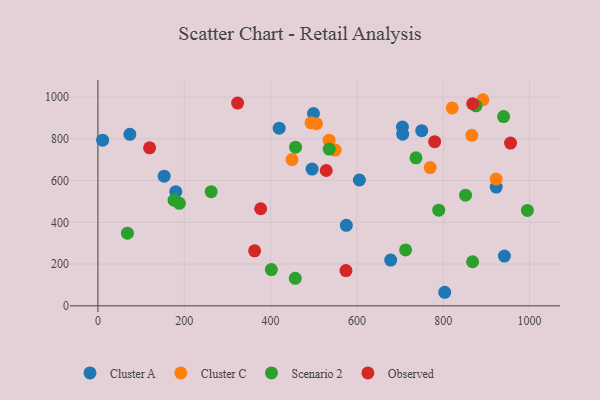
{"axis": {"x": "Experience", "y": "Rating"}, "legend": ["Cluster A", "Cluster C", "Observed", "Scenario 2"], "data": [{"x": "706.1", "y": 822.2, "type": "Cluster A"}, {"x": "180.4", "y": 546.8, "type": "Cluster A"}, {"x": "153.5", "y": 620.7, "type": "Cluster A"}, {"x": "803.4", "y": 64.9, "type": "Cluster A"}, {"x": "10.9", "y": 793.2, "type": "Cluster A"}, {"x": "74.0", "y": 821.1, "type": "Cluster A"}, {"x": "678.2", "y": 218.9, "type": "Cluster A"}, {"x": "419.9", "y": 850.9, "type": "Cluster A"}, {"x": "575.5", "y": 385.3, "type": "Cluster A"}, {"x": "496.1", "y": 654.7, "type": "Cluster A"}, {"x": "941.7", "y": 238.2, "type": "Cluster A"}, {"x": "499.4", "y": 921.1, "type": "Cluster A"}, {"x": "705.4", "y": 856.3, "type": "Cluster A"}, {"x": "922.7", "y": 568.9, "type": "Cluster A"}, {"x": "750.1", "y": 838.7, "type": "Cluster A"}, {"x": "605.7", "y": 602.5, "type": "Cluster A"}, {"x": "866.2", "y": 816.6, "type": "Cluster C"}, {"x": "891.7", "y": 987.0, "type": "Cluster C"}, {"x": "493.8", "y": 876.6, "type": "Cluster C"}, {"x": "922.5", "y": 607.0, "type": "Cluster C"}, {"x": "535.6", "y": 793.2, "type": "Cluster C"}, {"x": "820.7", "y": 947.8, "type": "Cluster C"}, {"x": "549.7", "y": 745.9, "type": "Cluster C"}, {"x": "769.8", "y": 662.2, "type": "Cluster C"}, {"x": "506.3", "y": 872.1, "type": "Cluster C"}, {"x": "449.6", "y": 700.6, "type": "Cluster C"}, {"x": "994.9", "y": 456.9, "type": "Scenario 2"}, {"x": "457.1", "y": 131.7, "type": "Scenario 2"}, {"x": "457.9", "y": 759.8, "type": "Scenario 2"}, {"x": "875.9", "y": 957.9, "type": "Scenario 2"}, {"x": "939.8", "y": 906.3, "type": "Scenario 2"}, {"x": "68.4", "y": 347.9, "type": "Scenario 2"}, {"x": "188.8", "y": 491.1, "type": "Scenario 2"}, {"x": "868.0", "y": 211.1, "type": "Scenario 2"}, {"x": "789.6", "y": 458.3, "type": "Scenario 2"}, {"x": "401.8", "y": 173.4, "type": "Scenario 2"}, {"x": "262.4", "y": 546.7, "type": "Scenario 2"}, {"x": "851.6", "y": 529.9, "type": "Scenario 2"}, {"x": "736.8", "y": 708.9, "type": "Scenario 2"}, {"x": "712.8", "y": 267.9, "type": "Scenario 2"}, {"x": "176.4", "y": 506.1, "type": "Scenario 2"}, {"x": "535.8", "y": 750.6, "type": "Scenario 2"}, {"x": "528.9", "y": 648.0, "type": "Observed"}, {"x": "868.2", "y": 967.7, "type": "Observed"}, {"x": "574.6", "y": 169.0, "type": "Observed"}, {"x": "377.0", "y": 465.0, "type": "Observed"}, {"x": "955.9", "y": 779.2, "type": "Observed"}, {"x": "780.1", "y": 786.1, "type": "Observed"}, {"x": "323.6", "y": 970.8, "type": "Observed"}, {"x": "119.7", "y": 756.8, "type": "Observed"}, {"x": "363.0", "y": 263.2, "type": "Observed"}]}